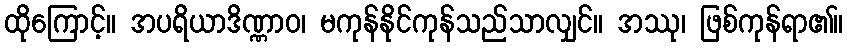
ထိုကြောင့်။ အပရိယာဒိဏ္ဏာဝ၊ မကုန်နိုင်ကုန်သည်သာလျှင်။ အဿု၊ ဖြစ်ကုန်ရာ၏။